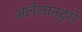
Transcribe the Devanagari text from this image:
अलेजान्द्रो